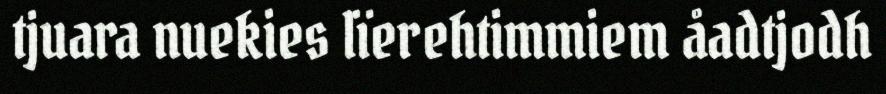
tjuara nuekies lïerehtimmiem åadtjodh